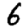
Digit: 6